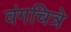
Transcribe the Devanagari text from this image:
वंगचित्रे